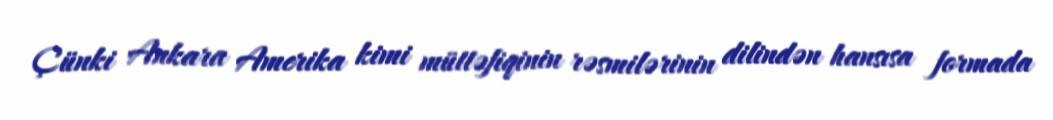
Çünki Ankara Amerika kimi müttəfiqinin rəsmilərinin dilindən hansısa formada